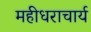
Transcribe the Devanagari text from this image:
महीधराचार्य